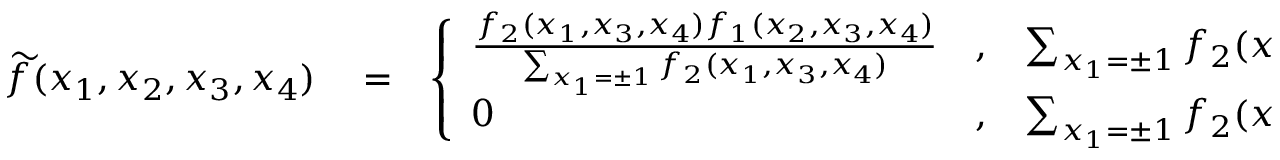
\begin{array} { r l r } { { \widetilde f } ( x _ { 1 } , x _ { 2 } , x _ { 3 } , x _ { 4 } ) } & { { } = } & { \left\{ \begin{array} { l c l } { \frac { f _ { 2 } ( x _ { 1 } , x _ { 3 } , x _ { 4 } ) f _ { 1 } ( x _ { 2 } , x _ { 3 } , x _ { 4 } ) } { \sum _ { x _ { 1 } = \pm 1 } f _ { 2 } ( x _ { 1 } , x _ { 3 } , x _ { 4 } ) } } & { , } & { \sum _ { x _ { 1 } = \pm 1 } f _ { 2 } ( x _ { 1 } , x _ { 3 } , x _ { 4 } ) > 0 } \\ { 0 } & { , } & { \sum _ { x _ { 1 } = \pm 1 } f _ { 2 } ( x _ { 1 } , x _ { 3 } , x _ { 4 } ) = 0 } \end{array} \right. \; . } \end{array}